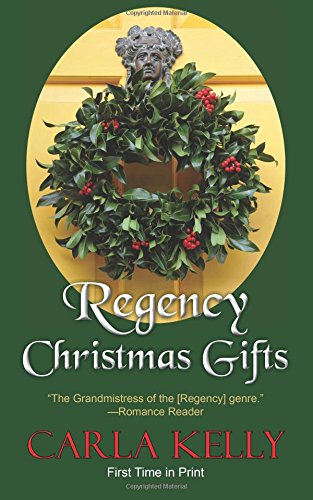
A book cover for Regency Christmas Gifts: Three Stories; Carla Kelly; Romance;